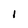
Character: i